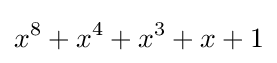
x^{8}+x^{4}+x^{3}+x+1